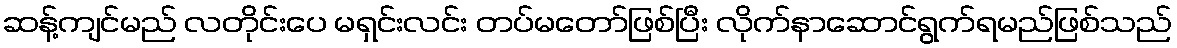
ဆန့်ကျင်မည် လတိုင်းပေ မရှင်းလင်း တပ်မတော်ဖြစ်ပြီး လိုက်နာဆောင်ရွက်ရမည်ဖြစ်သည်